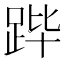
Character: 跸